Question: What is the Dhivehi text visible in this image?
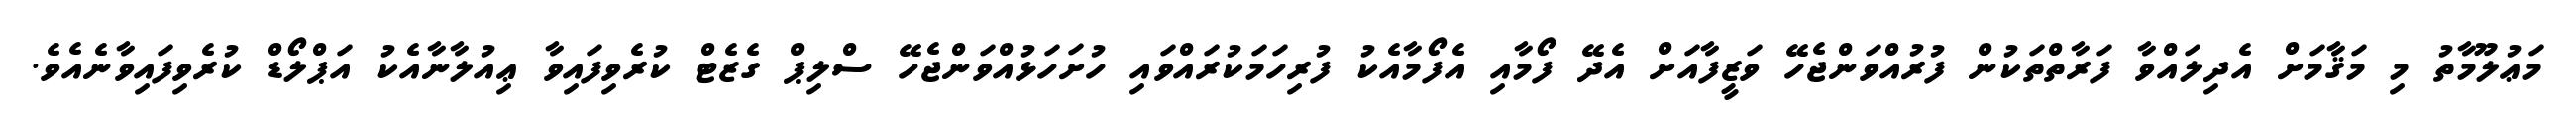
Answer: މަޢުލޫމާތު މި މަޤާމަށް އެދިލައްވާ ފަރާތްތަކުން ފުރުއްވަންޖެހޭ ވަޒީފާއަށް އެދޭ ފޯމާއި އެފޯމާއެކު ފުރިހަމަކުރައްވައި ހުށަހަޅުއްވަންޖެހޭ ސްލިޕް ގެޒެޓް ކުރެވިފައިވާ ޢިއުލާނާއެކު އަޕްލޯޑް ކުރެވިފައިވާނެއެވެ.